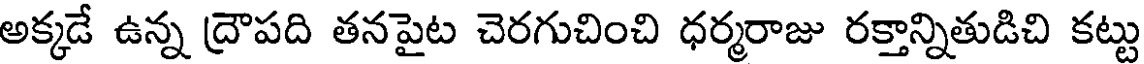
అక్కడే ఉన్న ద్రౌపది తనపైట చెరగుచించి ధర్మరాజు రక్తాన్నితుడిచి కట్టు